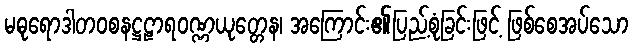
မဓုရောဒါတဝစနဋ္ဌဠာရဝဏ္ဏယုတ္တေန၊ အကြောင်း၏ပြည့်စုံခြင်းဖြင့် ဖြစ်စေအပ်သော